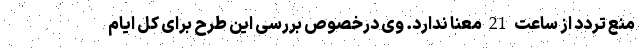
منع تردد از ساعت 21 معنا ندارد. وی درخصوص بررسی این طرح برای کل ایام